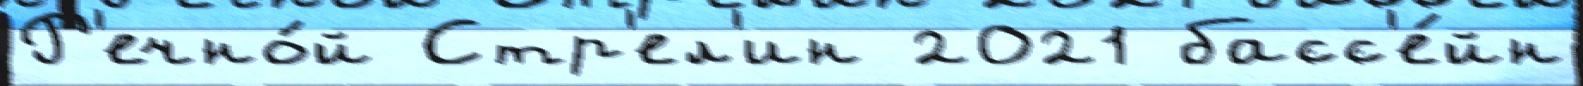
Р'ечно́й Стр'ел'ин 2021 басс'е́йн